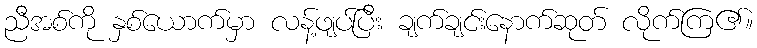
ညီအစ်ကို နှစ်ယောက်မှာ လန့်ဖျပ်ပြီး ချက်ချင်းနောက်ဆုတ် လိုက်ကြ၏။